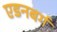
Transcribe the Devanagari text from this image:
एडनबर्ग